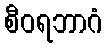
စီဝရဘာဂံ